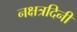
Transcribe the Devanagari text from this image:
नक्षत्रदिनी